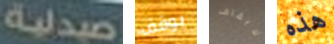
صيدلية يوقف لايقاف هذه